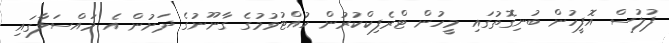
ފުލުސް އޮފީހުން ބުނިގޮތުގައި މީހުން ޓްރެފިކްކުރުން ހުއްޓުވުމުގެ ގާނޫނުގެ ދަށުން އެ މައްސަލާގައި